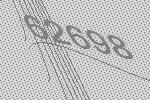
62698